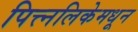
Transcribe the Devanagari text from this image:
पित्त्नलिकेमधून